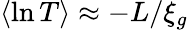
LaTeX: \langle\ln T\rangle\approx-L/\xi_{g}